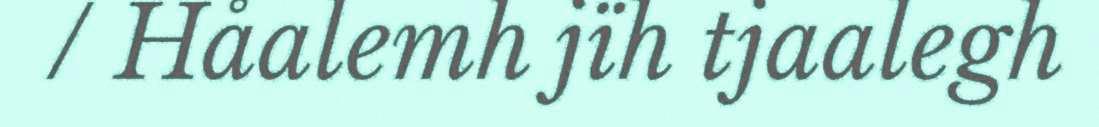
/ Håalemh jïh tjaalegh